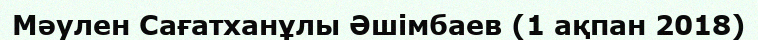
Мәулен Сағатханұлы Әшімбаев (1 ақпан 2018)